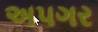
અપગર